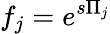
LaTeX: f_{j}=e^{s\Pi_{j}}